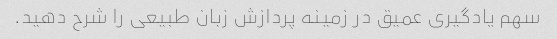
سهم یادگیری عمیق در زمینه پردازش زبان طبیعی را شرح دهید.